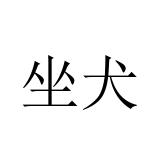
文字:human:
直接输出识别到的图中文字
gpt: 坐犬